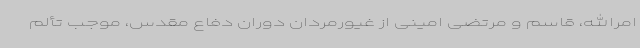
امرالله، قاسم و مرتضی امینی از غیورمردان دوران دفاع مقدس، موجب تألم